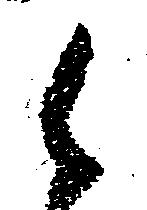
候